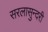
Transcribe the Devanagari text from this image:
सरलासुन्दरी